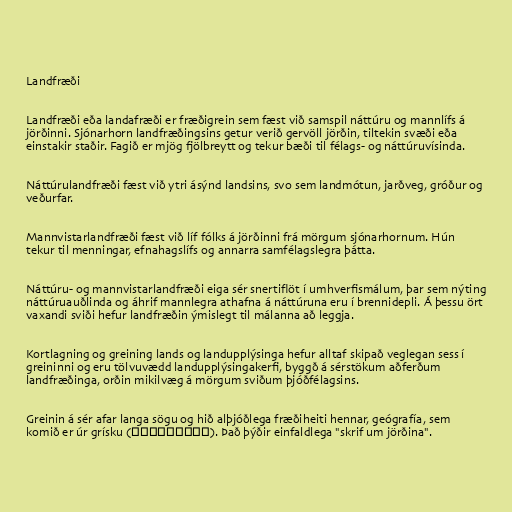
Landfræði

Landfræði eða landafræði er fræðigrein sem fæst við samspil náttúru og mannlífs á
jörðinni. Sjónarhorn landfræðingsins getur verið gervöll jörðin, tiltekin svæði eða
einstakir staðir. Fagið er mjög fjölbreytt og tekur bæði til félags- og náttúruvísinda.

Náttúrulandfræði fæst við ytri ásýnd landsins, svo sem landmótun, jarðveg, gróður og
veðurfar.

Mannvistarlandfræði fæst við líf fólks á jörðinni frá mörgum sjónarhornum. Hún
tekur til menningar, efnahagslífs og annarra samfélagslegra þátta.

Náttúru- og mannvistarlandfræði eiga sér snertiflöt í umhverfismálum, þar sem nýting
náttúruauðlinda og áhrif mannlegra athafna á náttúruna eru í brennidepli. Á þessu ört
vaxandi sviði hefur landfræðin ýmislegt til málanna að leggja.

Kortlagning og greining lands og landupplýsinga hefur alltaf skipað veglegan sess í
greininni og eru tölvuvædd landupplýsingakerfi, byggð á sérstökum aðferðum
landfræðinga, orðin mikilvæg á mörgum sviðum þjóðfélagsins.

Greinin á sér afar langa sögu og hið alþjóðlega fræðiheiti hennar, geógrafía, sem
komið er úr grísku (γεωγραφία). Það þýðir einfaldlega "skrif um jörðina".